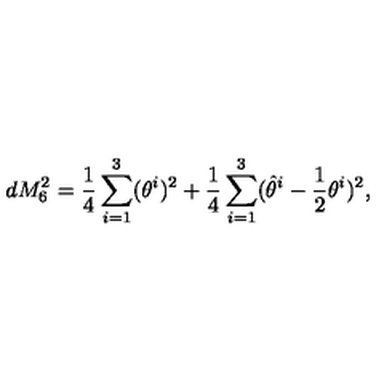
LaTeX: d M _ { 6 } ^ { 2 } = \frac { 1 } { 4 } \sum _ { i = 1 } ^ { 3 } ( \theta ^ { i } ) ^ { 2 } + \frac { 1 } { 4 } \sum _ { i = 1 } ^ { 3 } ( \hat { \theta } ^ { i } - \frac { 1 } { 2 } \theta ^ { i } ) ^ { 2 } ,